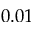
0 . 0 1